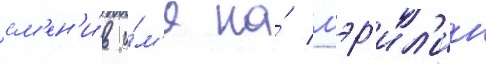
см'ен'и́в и́м'я на́ мэр'ил'ин